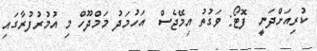
ކުރިއަށްދަނީ  ފޮޓޯ: ވަގުތު އިމޭޖެސް  އަހުމަދު މަމްދޫހް މި އުމުރުފުރާގައި